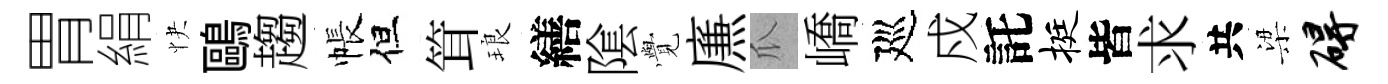
胃絹快鷗趨帳但䇯琅繕隂𮗜㢘瓜嶠廵戍託挺皆求共梁碍